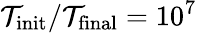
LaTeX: {\mathcal{T}}_{\mathrm{init}}/{\mathcal{T}}_{\mathrm{final}}=10^{7}